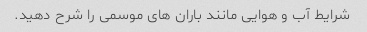
شرایط آب و هوایی مانند باران های موسمی را شرح دهید.